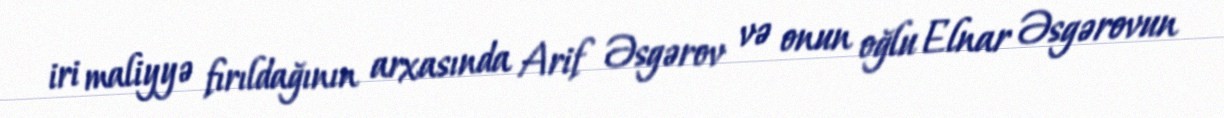
iri maliyyə fırıldağının arxasında Arif Əsgərov və onun oğlu Elnar Əsgərovun